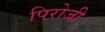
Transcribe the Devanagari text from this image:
पिरोजी